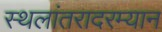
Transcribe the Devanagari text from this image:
स्थलांतरादरम्यान